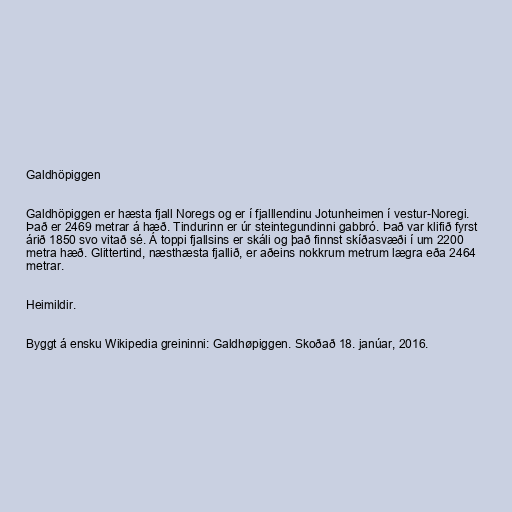
Galdhöpiggen

Galdhöpiggen er hæsta fjall Noregs og er í fjalllendinu Jotunheimen í vestur-Noregi.
Það er 2469 metrar á hæð. Tindurinn er úr steintegundinni gabbró. Það var klifið fyrst
árið 1850 svo vitað sé. Á toppi fjallsins er skáli og það finnst skíðasvæði í um 2200
metra hæð. Glittertind, næsthæsta fjallið, er aðeins nokkrum metrum lægra eða 2464
metrar.

Heimildir.

Byggt á ensku Wikipedia greininni: Galdhøpiggen. Skoðað 18. janúar, 2016.